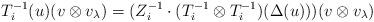
LaTeX: \begin{align*}T_i^{-1}(u)(v\otimes v_\lambda)=(Z_i^{-1}\cdot(T_i^{-1}\otimes T_i^{-1})(\Delta(u)))(v\otimes v_\lambda)\end{align*}